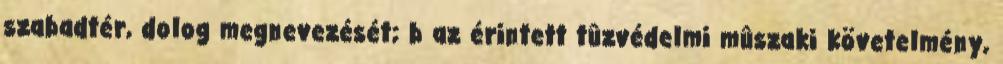
szabadtér, dolog megnevezését; b az érintett tûzvédelmi mûszaki követelmény,